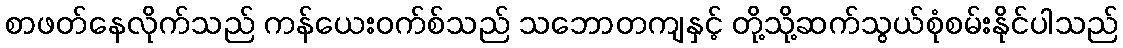
စာဖတ်နေလိုက်သည် ကန်ယေးဝက်စ်သည် သဘောတကျနှင့် တို့သို့ဆက်သွယ်စုံစမ်းနိုင်ပါသည်